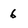
Character: 6